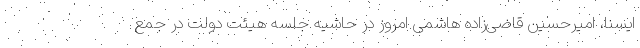
ایسنا، امیرحسین قاضی‌زاده هاشمی امروز در حاشیه جلسه هیئت دولت در جمع